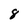
Character: 8